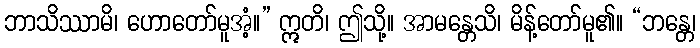
ဘာသိဿာမိ၊ ဟောတော်မူအံ့။” ဣတိ၊ ဤသို့။ အာမန္တေသိ၊ မိန့်တော်မူ၏။ “ဘန္တေ၊